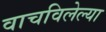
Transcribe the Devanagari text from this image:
वाचविलेल्या